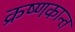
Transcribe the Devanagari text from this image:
क्रष्णकान्त